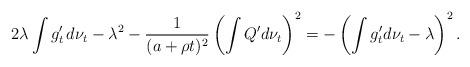
LaTeX: \begin{align*}2\lambda\int g_{t}'\,d\nu_{t}-\lambda^{2}-\frac{1}{(a+\rho t)^{2}}\left( \int Q' d\nu_{t}\right)^{2}=-\left( \int g_{t}'d\nu_{t}-\lambda \right)^{2}.\end{align*}